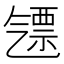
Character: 𣱪